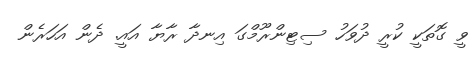
ވީ ގޮތަކީ ކުރީ ދުވަހު ސިޓިންރޫމްގަ އިނދާ ރާޔާ އައީ. ދެން އަހަރެން